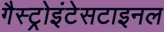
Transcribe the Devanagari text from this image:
गैस्ट्रोइंटेसटाइनल